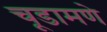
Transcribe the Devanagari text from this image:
चूडामणे